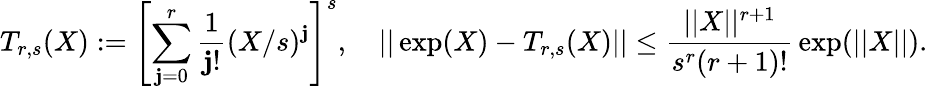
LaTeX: T_{r,s}(X):=\left[\sum_{\mathbf{j}=0}^{r}{\frac{{1}}{{\mathbf{j}!}}}(X/s)^{\mathbf{j}}\right]^{s},\quad||\exp(X)-T_{r,s}(X)||\leq{\frac{{||X||^{r+1}}}{{s^{r}(r+1)!}}}\exp(||X||).